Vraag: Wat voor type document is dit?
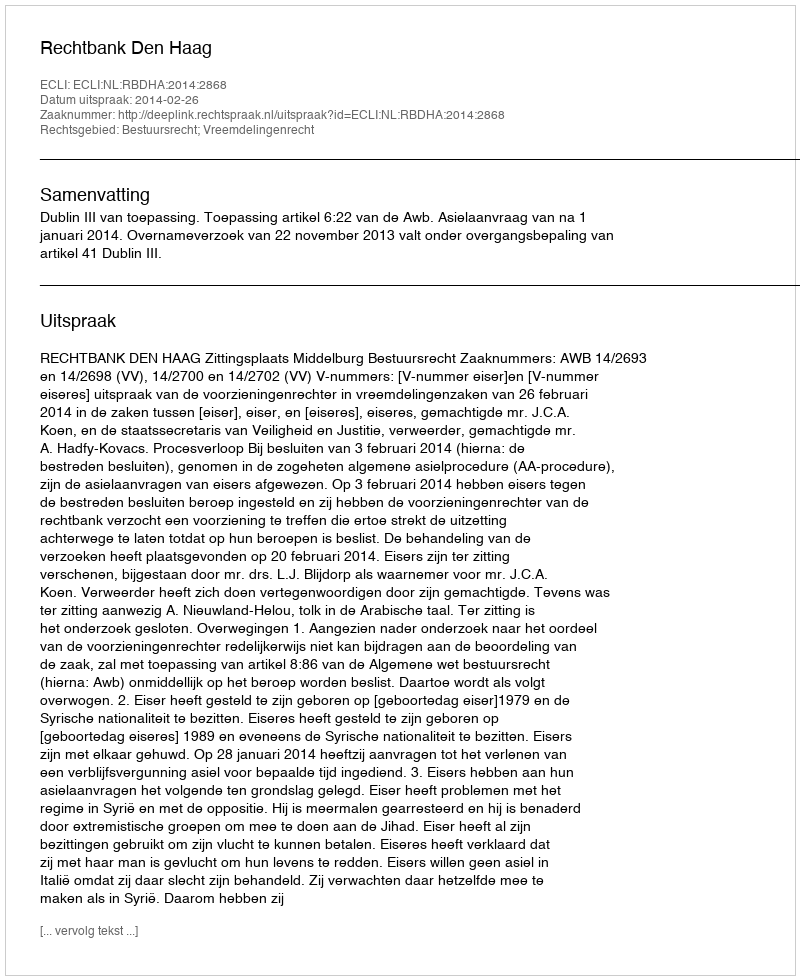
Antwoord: Uitspraak